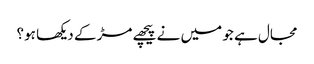
مجال ہے جو میں نے پیچھے مڑ کے دیکھا ہو؟